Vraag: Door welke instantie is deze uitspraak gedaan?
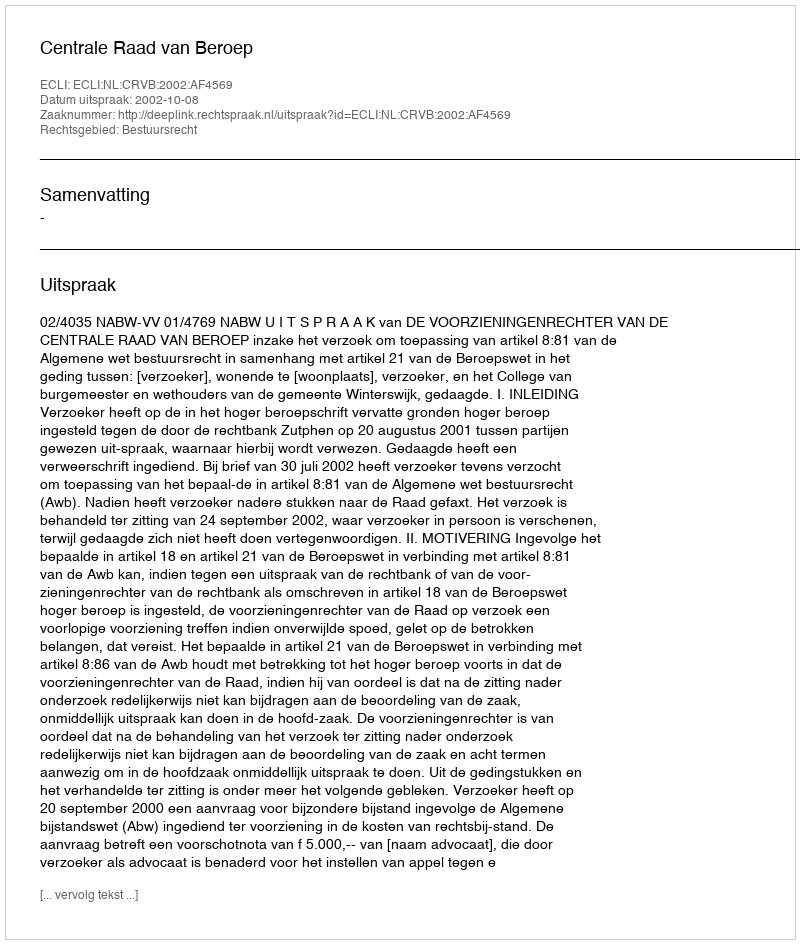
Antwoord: Centrale Raad van Beroep